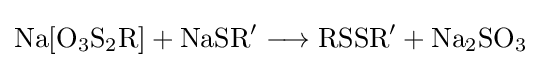
{\mathrm {Na} [\mathrm {O} {\vphantom {A}}_{\smash[{t}]{3}}\mathrm {S} {\vphantom {A}}_{\smash[{t}]{2}}\mathrm {R} ]{}+{}\mathrm {NaSR} {\vphantom {A}}^{\prime }{}\mathrel {\longrightarrow } {}\mathrm {RSSR} {\vphantom {A}}^{\prime }{}+{}\mathrm {Na} {\vphantom {A}}_{\smash[{t}]{2}}\mathrm {SO} {\vphantom {A}}_{\smash[{t}]{3}}}